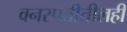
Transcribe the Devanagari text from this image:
वनस्पतीतीलही